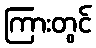
ကြားတွင်